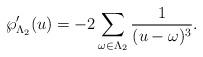
LaTeX: \begin{align*}\wp '_{\Lambda _2}(u)=-2\sum _{\omega \in \Lambda _2}\frac{1}{(u-\omega )^3}. \end{align*}